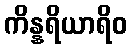
ကိန္နရိယာရိဝ